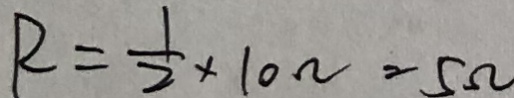
R = \frac { 1 } { 2 } \times 1 0 \Omega = 5 \Omega